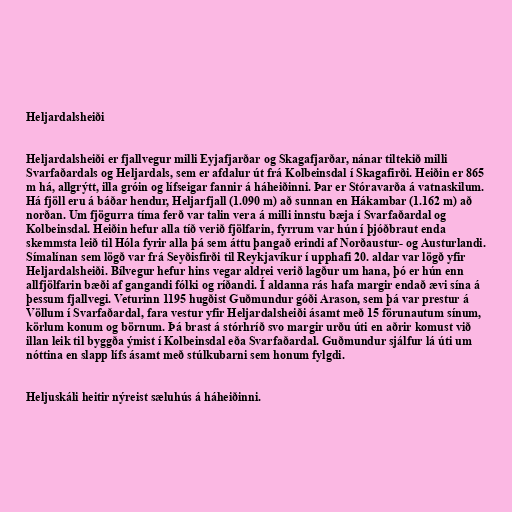
Heljardalsheiði

Heljardalsheiði er fjallvegur milli Eyjafjarðar og Skagafjarðar, nánar tiltekið milli
Svarfaðardals og Heljardals, sem er afdalur út frá Kolbeinsdal í Skagafirði. Heiðin er 865
m há, allgrýtt, illa gróin og lífseigar fannir á háheiðinni. Þar er Stóravarða á vatnaskilum.
Há fjöll eru á báðar hendur, Heljarfjall (1.090 m) að sunnan en Hákambar (1.162 m) að
norðan. Um fjögurra tíma ferð var talin vera á milli innstu bæja í Svarfaðardal og
Kolbeinsdal. Heiðin hefur alla tíð verið fjölfarin, fyrrum var hún í þjóðbraut enda
skemmsta leið til Hóla fyrir alla þá sem áttu þangað erindi af Norðaustur- og Austurlandi.
Símalínan sem lögð var frá Seyðisfirði til Reykjavíkur í upphafi 20. aldar var lögð yfir
Heljardalsheiði. Bílvegur hefur hins vegar aldrei verið lagður um hana, þó er hún enn
allfjölfarin bæði af gangandi fólki og ríðandi. Í aldanna rás hafa margir endað ævi sína á
þessum fjallvegi. Veturinn 1195 hugðist Guðmundur góði Arason, sem þá var prestur á
Völlum í Svarfaðardal, fara vestur yfir Heljardalsheiði ásamt með 15 förunautum sínum,
körlum konum og börnum. Þá brast á stórhríð svo margir urðu úti en aðrir komust við
illan leik til byggða ýmist í Kolbeinsdal eða Svarfaðardal. Guðmundur sjálfur lá úti um
nóttina en slapp lífs ásamt með stúlkubarni sem honum fylgdi.

Heljuskáli heitir nýreist sæluhús á háheiðinni.